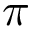
\pi